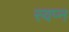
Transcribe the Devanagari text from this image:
स्वप्‍न